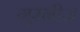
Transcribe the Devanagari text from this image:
गुरनीज़